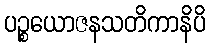
ပဉ္စယောဇနသတိကာနိပိ